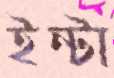
ইন্টা